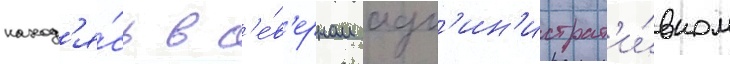
наход'я́сь в с'е́в'ерном адм'ин'истрат'и́вном